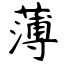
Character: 薄